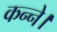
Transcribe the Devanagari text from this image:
कन्ने।